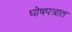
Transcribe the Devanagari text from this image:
घोषपत्रात